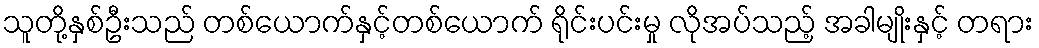
သူတို့နှစ်ဦးသည် တစ်ယောက်နှင့်တစ်ယောက် ရိုင်းပင်းမှု လိုအပ်သည့် အခါမျိုးနှင့် တရား